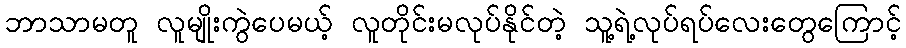
ဘာသာမတူ လူမျိုးကွဲပေမယ့် လူတိုင်းမလုပ်နိုင်တဲ့ သူ့ရဲ့လုပ်ရပ်လေးတွေကြောင့်